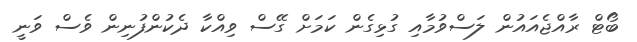
ބޯޓް ރާއްޖެއައުން ލަސްވުމާއި ގުޅިގެން ކަމަށް ގޭސް ވިއްކާ ދެކުންފުނިން ވެސް ވަނީ